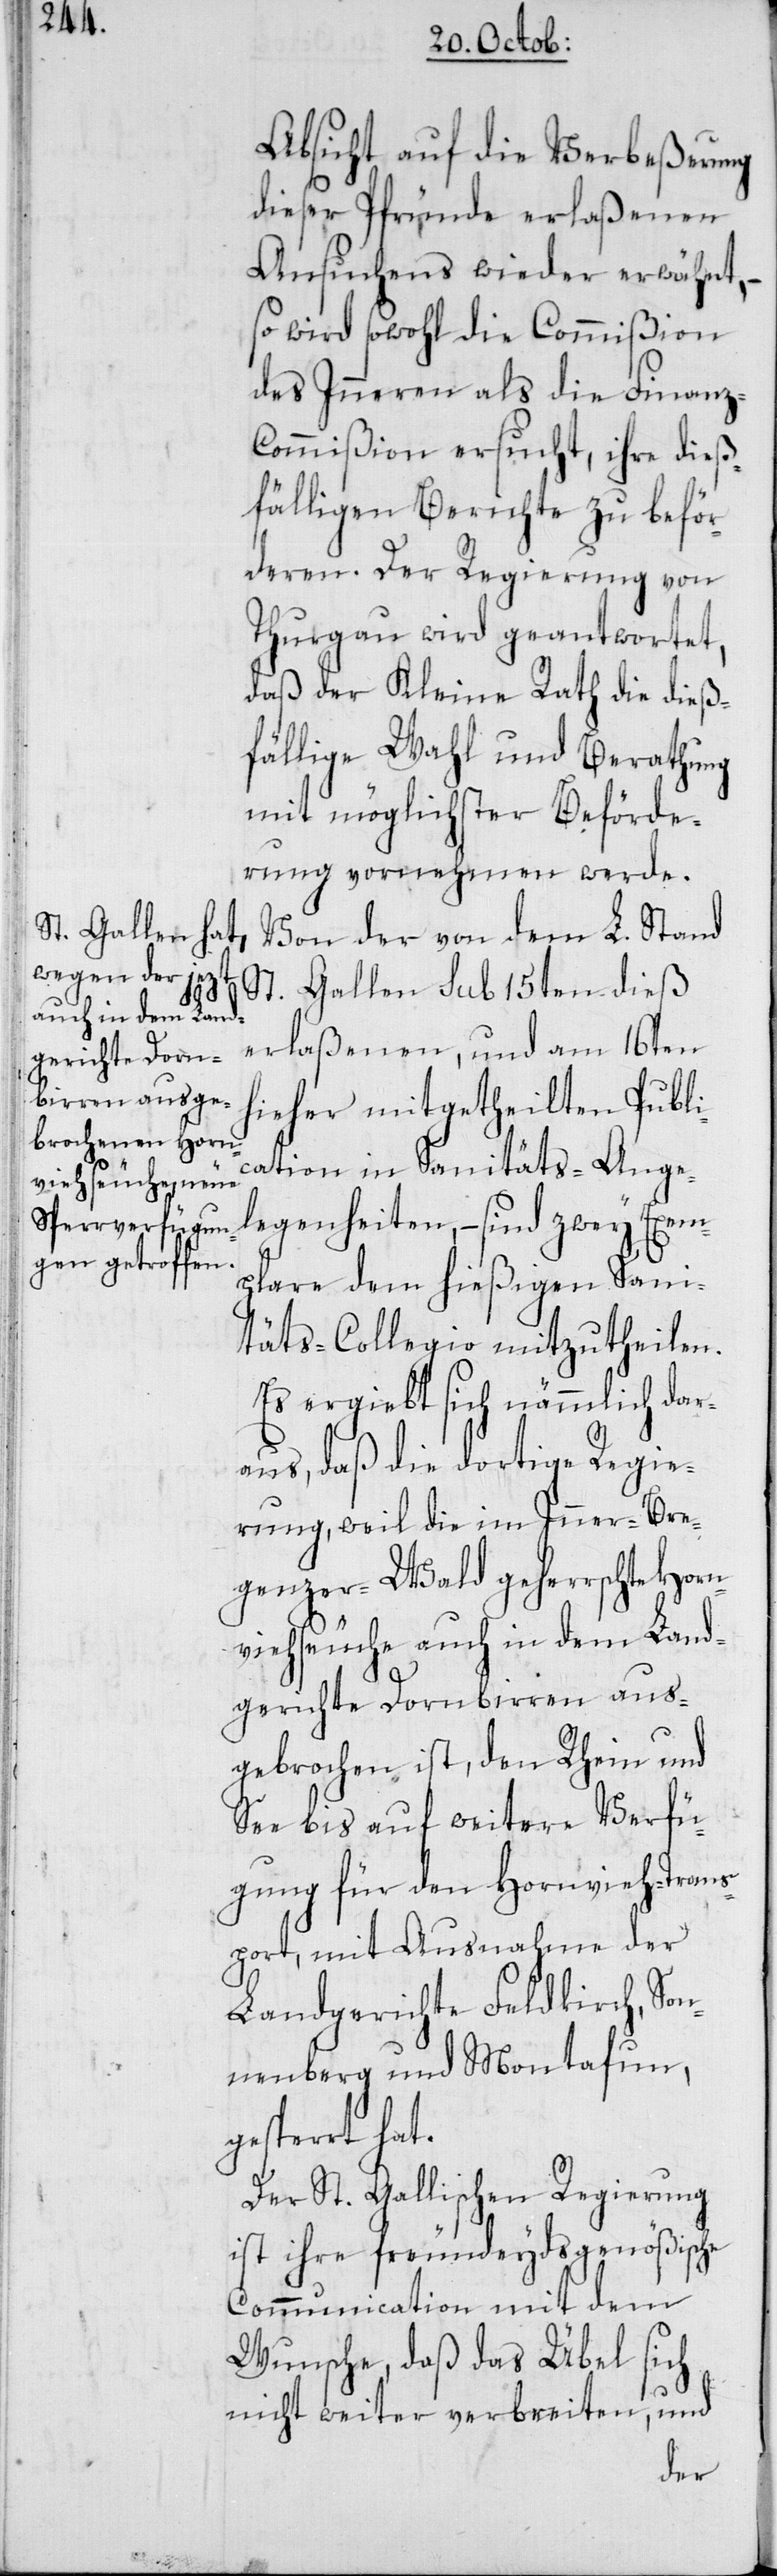
Absicht auf die Verbeßerung
dieser Pfründe erlaßenen
Ansuchens wieder erwähnt,
so wird sowohl die Commißion
des Inneren als die Finanz-C¬
ommißion ersucht, ihre dieß¬
fälligen Berichte zu beför¬
deren. Der Regierung von
Thurgau wird geantwortet,
daß der Kleine Rath die dieß¬
fällige Wahl und Berathung
mit möglichster Beförde¬
rung vornehmen werde.
Von der von dem L. Stand
St. Gallen sub 15ten dieß
erlaßenen, und am 16ten
hieher mitgetheilten Publi¬
cation in Sanitäts-Ange¬
legenheiten, – sind zwey Exem¬
plare dem hießigen Sani¬
täts-Collegio mitzutheilen.
Es ergiebt sich nämlich dar¬
aus, daß die dortige Regie¬
rung, weil die im Inner-Bre¬
genzer-Wald geherrschte Horn¬
viehseuche auch in dem Land¬
gerichte Dornbirren aus¬
gebrochen ist, den Rhein und
See bis auf weitere Verfü¬
gung für den Hornvieh-Trans¬
port, mit Ausnahme der
Landgerichte Feldkirch, Son¬
nenberg und Montafun,
gesperrt hat.
Der St. Gallischen Regierung
ist ihre freundeydsgenößische
Communication mit dem
Wunsche, daß das Übel sich
nicht weiter verbreiten, und